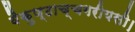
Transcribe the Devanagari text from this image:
वैकुण्ठाच्चगरीयसी।